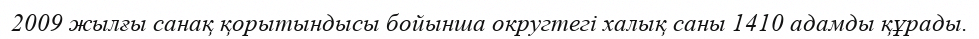
2009 жылғы санақ қорытындысы бойынша округтегі халық саны 1410 адамды құрады.